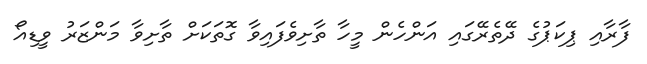
ފާރާއި ޕިކަޕުގެ ދޭތެރޭގައި އަންހެން މީހާ ތާށިވެފައިވާ ގޮތަކަށް ތާށިވާ މަންޒަރު ވީޑިއޯ